Plague in India, 1896, 1897 - Volume 1
Year: 1896
Disease focus: Plague
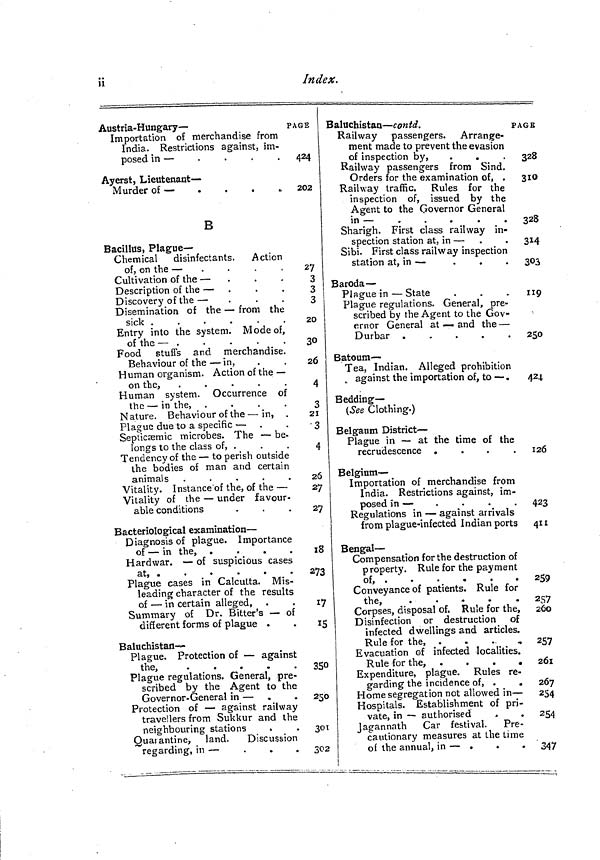
H
Index.
Austria-Hungary —
PAGE
Importation of merchandise from
India. Restrictions against, im-
posed in —
Ayerst, Lieutenant —
Murder of —
B
Bacillus, Plague —
Chemical disinfectants. Action
of, on the —
. . . .
Cultivation of the —
...
Description oí the —
Discovery of the —
Disemination of the — from the
sick .
.
.
.
.
.
Entry into the system. M ode of,
of the —
Food stuffs and merchandise.
Behaviour of the — in,
Human organism. Action of the —
on the,
. . . . .
Human system. Occurrence of
the — in the,
. . . .
Nature. Behaviour of the — in, .
Plague due to a specific —
Septicæmic microbes. The — be-
longs to the class of, .
Tendency of the — to perish outside
the bodies of man and certain
animals
. . . . .
Vitality. Instance of the, of the —
Vitality of the — under favour-
able conditions
Bacteriological examination —
Diagnosis of plague. Importance
of — in the, .
Hard war. — of suspicious cases
at, .
Plague cases in Calcutta. Mis-
leading character of the results
of — in certain alleged,
Summary of Dr. Bitter's — of
different forms of plague .
Baluchistan-
Plague. Protection of — against
the,
. . . . .
Plague regulations. General, pre-
scribed by the Agent to the
Governor-General in —
Protection of — against railway
travellers from Sukkur and the
neighbouring stations
Quarantine, land. Discussion
regarding, in —
424
202
27
3
3
3
20
30
26
4
3
21
•3
4
26
27
27
18
273
17
IS
350
250
301
302
Baluchistan — contd.
PAGE
Railway passengers. Arrange-
ment made to prevent the evasion
of inspection by,
Railway passengers from Sind.
Orders for the examination of, .
Railway traffic. Rules for the
inspection of, issued by the
Agent to the Governor General
in —
Sharigh. First class railway in-
spection station at, in —
Sibi. First class railway inspection
station at, in —
Baroda —
Plague in — State
Plague regulations. General, pre-
scribed by the Agent to the Gov-
ernor General at — and the —
Durbar
. . . . .
Batoum —
Tea, Indian. Alleged prohibition
,. against the importation of, to — .
Bedding —
(See Clothing.)
Belgaum District —
Plague in — at the time of the
recrudescence
. . . .
Belgium —
Importation of merchandise from
India. Restrictions against, im-
posed in —
Regulations in — against arrivals
from plague-infected Indian ports
Bengal —
Compensation for the destruction of
property. Rule for the payment
of, .
.
.
.
.
.
Conveyance of patients. Rule for
the,
Corpses, disposal of. Rule for the,
Disinfection or destruction of
infected dwellings and articles.
Rule for the,
,
Evacuation of infected localities.
Rule for the,
....
Expenditure, plague. Rules re-
garding the incidence of, .
.
Home segregation not allowed in —
Hospitals. Establishment of pri-
vate, in — authorised
.
Jagannath
Car festival. Pre-
cautionary measures at the time
of the annual, in — .
328
310
328
314
303
119
250
424
126
423
411
259
257
260
257
261
267
254
254
347